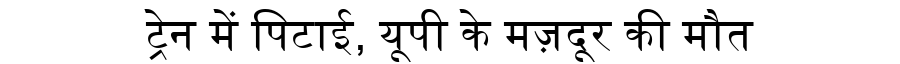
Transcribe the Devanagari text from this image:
ट्रेन में पिटाई, यूपी के मज़दूर की मौत